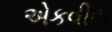
એકવીશ